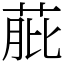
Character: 𦱔